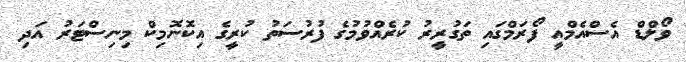
ވޯލްޑް އެސްއެމްއީ ފޯރަމްގައި ތަގުރީރު ކުރެއްވުމުގެ ފުރުސަތު ކުރީގެ އިކޮނޮމިކް މިނިސްޓަރު އަދި